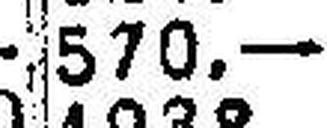
570.—